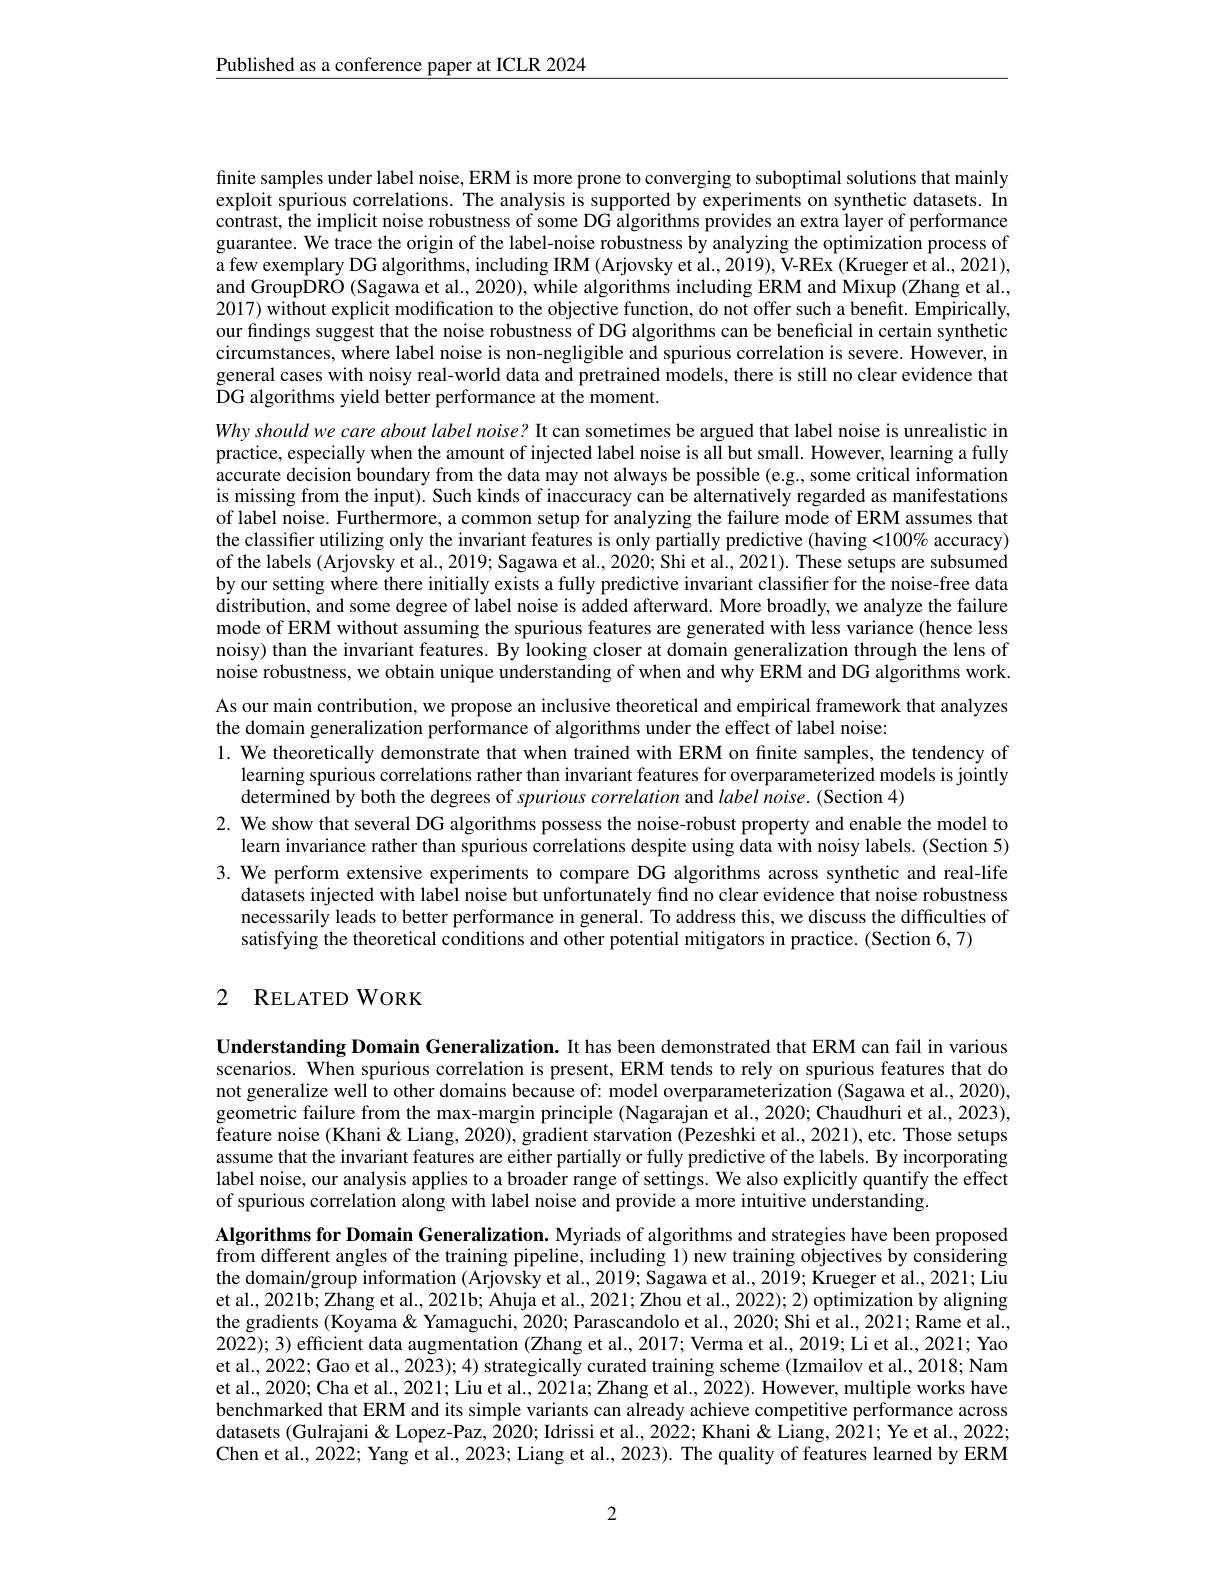
$\underline{\text{Published as a conference paper at ICLR 2024}}$

finite samples under label noise, ERM is more prone to converging to suboptimal solutions that mainly exploit spurious correlations. The analysis is supported by experiments on synthetic datasets. In contrast, the implicit noise robustness of some DG algorithms provides an extra layer of performance guarantee. We trace the origin of the label-noise robustness by analyzing the optimization process of a few exemplary DG algorithms, including IRM (Arjovsky et al., 2019), V-REx (Krueger et al., 2021), and GroupDRO (Sagawa et al., 2020), while algorithms including ERM and Mixup (Zhang et al., 2017) without explicit modification to the objective function, do not offer such a benefit. Empirically, our fndings suggest that the noise robustness of DG algorithms can be beneficial in certain synthetic circumstances, where label noise is non-negligible and spurious correlation is severe. However, in general cases with noisy real-world data and pretrained models, there is still no clear evidence that $\tilde{\mathrm{DG~algorithms~yield~better~performance~at~the~moment.}}$
Why should we care about label noise? It can sometimes be argued that label noise is unrealistic in practice, especially when the amount of injected label noise is all but small. However, learning a fully accurate decision boundary from the data may not always be possible (e.g., some critical information is missing from the input). Such kinds of inaccuracy can be alternatively regarded as manifestations of label noise. Furthermore, a common setup for analyzing the failure mode of ERM assumes that the classifier utilizing only the invariant features is only partially predictive (having <100% accuracy) of the labels (Arjovsky et al., 2019; Sagawa et al., 2020; Shi et al., 2021). These setups are subsumed by our setting where there initially exists a fully predictive invariant classiffer for the noise-free data distribution, and some degree of label noise is added afterward. More broadly, we analyze the failure mode of ERM without assuming the spurious features are generated with less variance (hence less noisy) than the invariant features. By looking closer at domain generalization through the lens of noise robustness, we obtain unique understanding of when and why ERM and DG algorithms work As our main contribution, we propose an inclusive theoretical and empirical framework that analyzes the domain generalization performance of algorithms under the effect of label noise:
1. We theoretically demonstrate that when trained with ERM on fnite samples, the tendency of
learning spurious correlations rather than invariant features for overparameterized models is jointly
determined by both the degrees of spurious correlation and label noise. (Section 4)
2. We show that several DG algorithms possess the noise-robust property and enable the model to
learn invariance rather than spurious correlations despite using data with noisy labels. (Section 5) 3. We perform extensive experiments to compare DG algorithms across synthetic and real-life
datasets injected with label noise but unfortunately find no clear evidence that noise robustness necessarily leads to better performance in general. To address this, we discuss the difficulties of satisfying the theoretical conditions and other potential mitigators in practice. (Section 6,7)

## 2 RELATEDWORK

Understanding Domain Generalization. It has been demonstrated that ERM can fail in various scenarios. When spurious correlation is present, ERM tends to rely on spurious features that do not generalize well to other domains because of: model overparameterization (Sagawa et al., 2020), geometric failure from the max-margin principle (Nagarajan et al., 2020; Chaudhuri et al., 2023), feature noise (Khani& Liang, 2020), gradient starvation (Pezeshki et al., 2021), etc. Those setups assume that the invariant features are either partially or fully predictive of the labels. By incorporating label noise, our analysis applies to a broader range of settings. We also explicitly quantify the effect of spurious correlation along with label noise and provide a more intuitive understanding.

Algorithms for Domain Generalization. Myriads of algorithms and strategies have been proposed from different angles of the training pipeline, including 1) new training objectives by considering the domain/group information (Arjovsky et al., 2019; Sagawa et al., 2019; Krueger et al., 2021; Liu et al., 2021b; Zhang et al., 2021b; Ahuja et al., 2021; Zhou et al., 2022); 2) optimization by aligning the gradients (Koyama & Yamaguchi, 2020; Parascandolo et al., 2020; Shi et al., 2021; Rame et al. 2022);3) efficient data augmentation (Zhang et al., 2017; Verma et al., 2019; Li et al., 2021; Yao et al., 2022; Gao et al., 2023); 4) strategically curated training scheme (Izmailov et al., 2018; Nam et al., 2020; Cha et al., 2021; Liu et al., 2021a; Zhang et al., 2022). However, multiple works have benchmarked that ERM and its simple variants can already achieve competitive performance across datasets (Gulrajani& Lopez-Paz, 2020; Idrissi et al., 2022; Khani & Liang, 2021; Ye et al., 2022; Chen et al., 2022; Yang et al., 2023; Liang et al., 2023). The quality of features learned by ERM

2